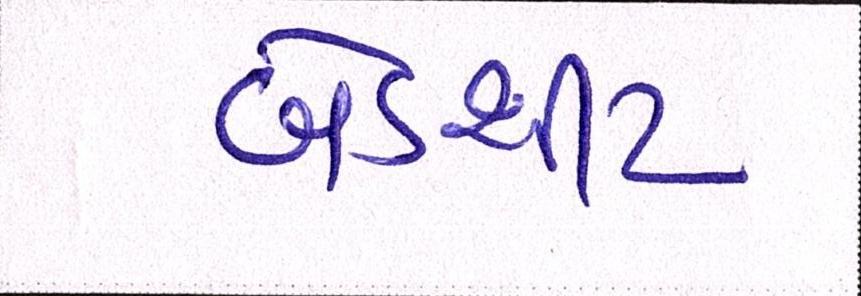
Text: બેડશીટ